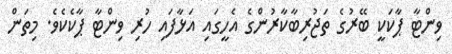
ވިންޓާ ޕާކަކީ ބޭރުގެ ތަޖުރިބާކާރުންގެ އެހީގައި އަޅާފައި ހުރި ވިންޓާ ޕާކެކެވެ. މިތަން